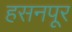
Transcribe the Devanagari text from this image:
हसनपूर